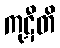
ကုဋီတိ